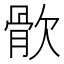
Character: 䯉